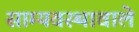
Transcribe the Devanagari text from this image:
साम्यवस्थावाले